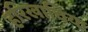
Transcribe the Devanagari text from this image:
हरिखाचिया